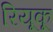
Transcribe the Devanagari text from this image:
रियूकू